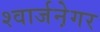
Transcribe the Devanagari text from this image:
श्वार्जने़गर